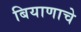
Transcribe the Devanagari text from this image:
बियाणाचे